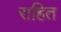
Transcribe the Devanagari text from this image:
राहित